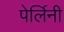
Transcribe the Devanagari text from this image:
पेर्लिनी